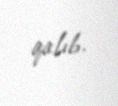
qalıb.